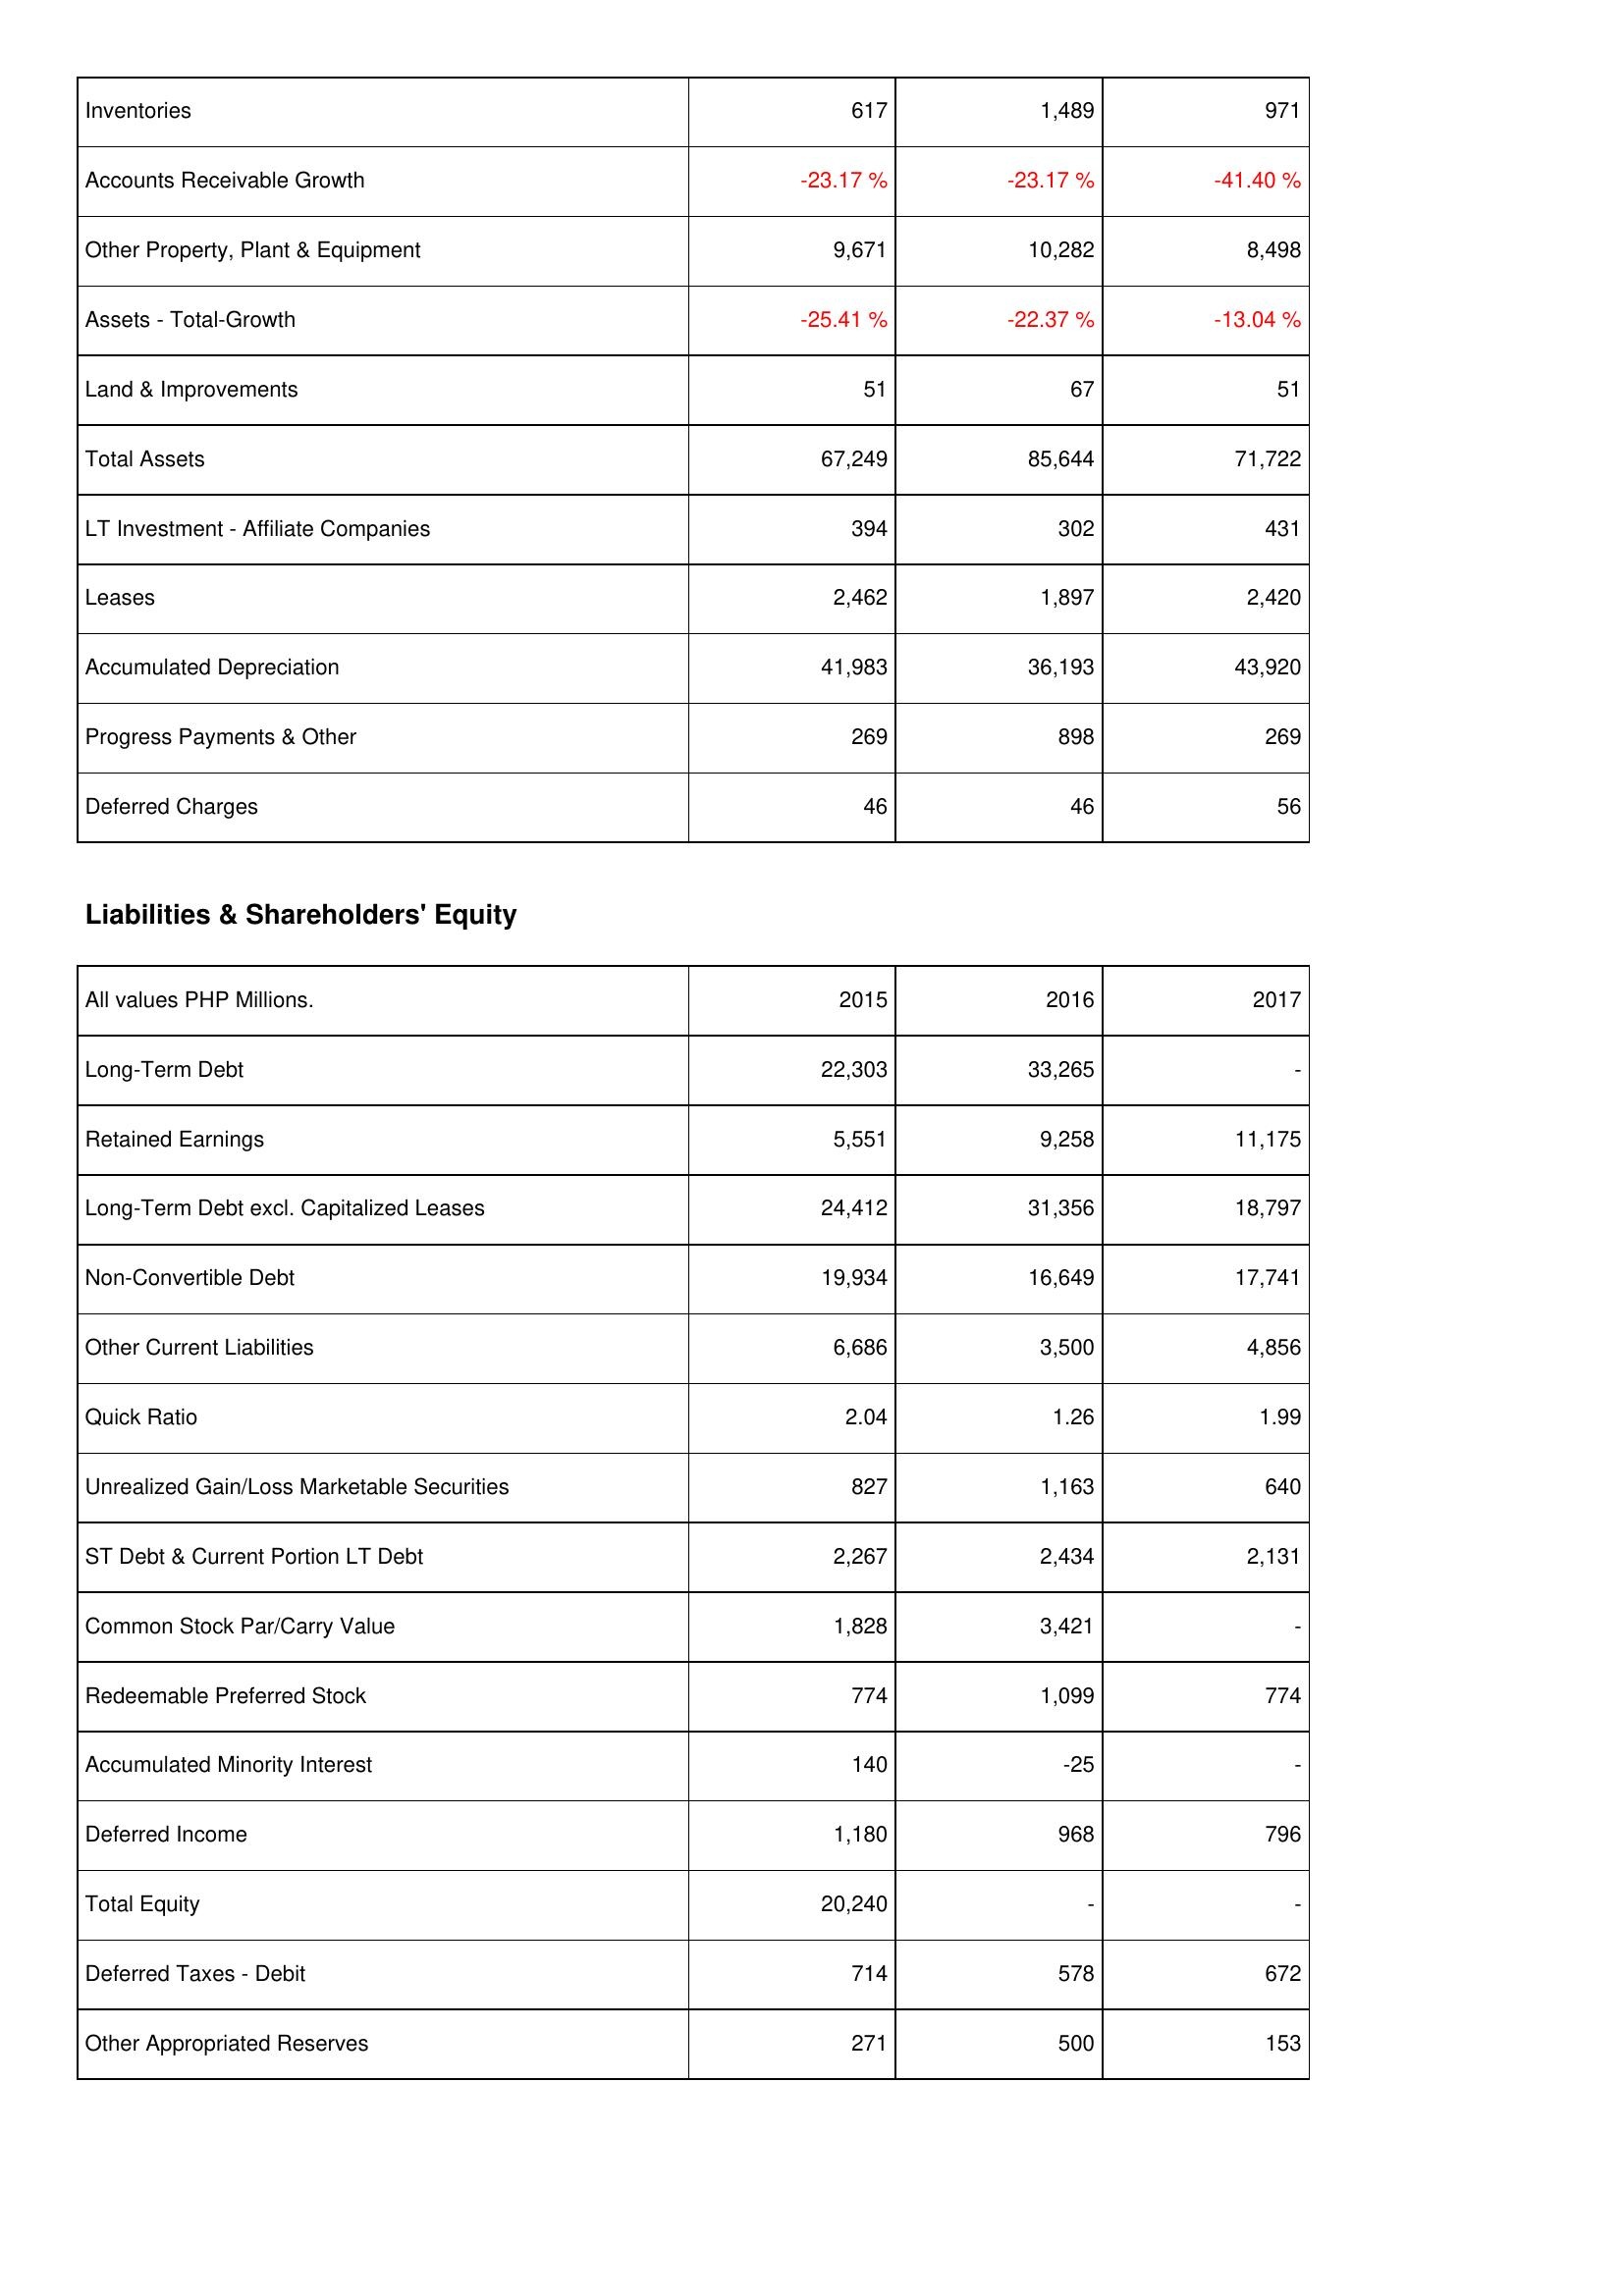
2015: Assets: Inventories: 617
Accounts Receivable Growth: -23.17 %
Other Property, Plant & Equipment: 9,671
Assets - Total-Growth: -25.41 %
Land & Improvements: 51
Total Assets: 67,249
LT Investment - Affiliate Companies: 394
Leases: 2,462
Accumulated Depreciation: 41,983
Progress Payments & Other: 269
Deferred Charges: 46
Liabilities & Shareholders' Equity: Long-Term Debt: 22,303
Retained Earnings: 5,551
Long-Term Debt excl. Capitalized Leases: 24,412
Non-Convertible Debt: 19,934
Other Current Liabilities: 6,686
Quick Ratio: 2.04
Unrealized Gain/Loss Marketable Securities: 827
ST Debt & Current Portion LT Debt: 2,267
Common Stock Par/Carry Value: 1,828
Redeemable Preferred Stock: 774
Accumulated Minority Interest: 140
Deferred Income: 1,180
Total Equity: 20,240
Deferred Taxes - Debit: 714
Other Appropriated Reserves: 271
2016: Assets: Inventories: 1,489
Accounts Receivable Growth: -23.17 %
Other Property, Plant & Equipment: 10,282
Assets - Total-Growth: -22.37 %
Land & Improvements: 67
Total Assets: 85,644
LT Investment - Affiliate Companies: 302
Leases: 1,897
Accumulated Depreciation: 36,193
Progress Payments & Other: 898
Deferred Charges: 46
Liabilities & Shareholders' Equity: Long-Term Debt: 33,265
Retained Earnings: 9,258
Long-Term Debt excl. Capitalized Leases: 31,356
Non-Convertible Debt: 16,649
Other Current Liabilities: 3,500
Quick Ratio: 1.26
Unrealized Gain/Loss Marketable Securities: 1,163
ST Debt & Current Portion LT Debt: 2,434
Common Stock Par/Carry Value: 3,421
Redeemable Preferred Stock: 1,099
Accumulated Minority Interest: -25
Deferred Income: 968
Total Equity: -
Deferred Taxes - Debit: 578
Other Appropriated Reserves: 500
2017: Assets: Inventories: 971
Accounts Receivable Growth: -41.40 %
Other Property, Plant & Equipment: 8,498
Assets - Total-Growth: -13.04 %
Land & Improvements: 51
Total Assets: 71,722
LT Investment - Affiliate Companies: 431
Leases: 2,420
Accumulated Depreciation: 43,920
Progress Payments & Other: 269
Deferred Charges: 56
Liabilities & Shareholders' Equity: Long-Term Debt: -
Retained Earnings: 11,175
Long-Term Debt excl. Capitalized Leases: 18,797
Non-Convertible Debt: 17,741
Other Current Liabilities: 4,856
Quick Ratio: 1.99
Unrealized Gain/Loss Marketable Securities: 640
ST Debt & Current Portion LT Debt: 2,131
Common Stock Par/Carry Value: -
Redeemable Preferred Stock: 774
Accumulated Minority Interest: -
Deferred Income: 796
Total Equity: -
Deferred Taxes - Debit: 672
Other Appropriated Reserves: 153